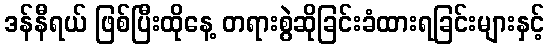
ဒန်နီရယ် ဖြစ်ပြီးထိုနေ့ တရားစွဲဆိုခြင်းခံထားရခြင်းများနှင့်